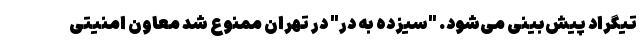
تیگراد پیش‌بینی می‌شود. "سیزده به در" در تهران ممنوع شد معاون امنیتی